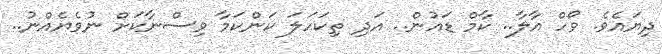
ދިޔައެވެ. ވޯހް އާލާ.. ކާމް ޑައުން.. އަދި ތިކަހަލަ ކަންކަމާ ވިސްނާކަށް ނުވެޔެއްނު..